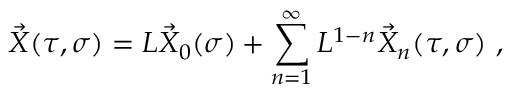
\vec { X } ( \tau , \sigma ) = L \vec { X } _ { 0 } ( \sigma ) + \sum _ { n = 1 } ^ { \infty } L ^ { 1 - n } \vec { X } _ { n } ( \tau , \sigma ) \ ,